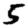
Digit: 5